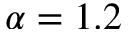
\alpha = 1 . 2